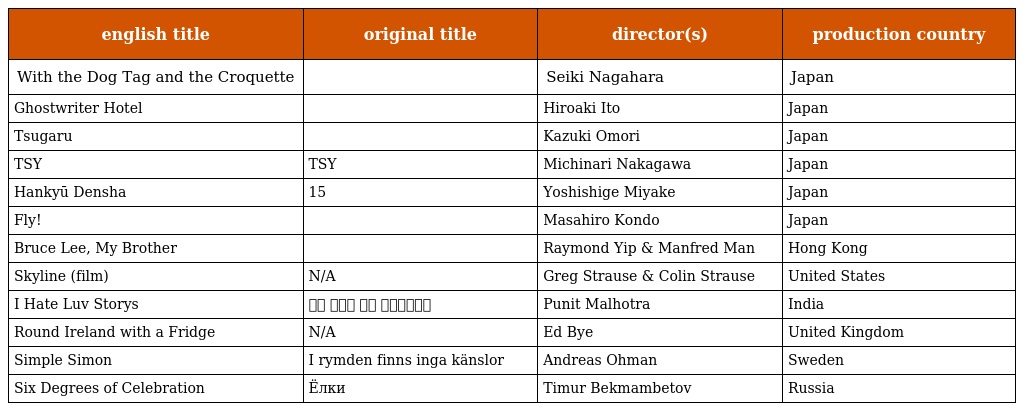
| english title | original title | director(s) | production country |
 | --- | --- | --- | --- |
 | With the Dog Tag and the Croquette | 犬の首輪とコロッケと | Seiki Nagahara | Japan |
 | Ghostwriter Hotel | ゴーストライターホテル | Hiroaki Ito | Japan |
 | Tsugaru | 津軽百年食堂 | Kazuki Omori | Japan |
 | TSY | TSY | Michinari Nakagawa | Japan |
 | Hankyū Densha | 阪急電車　片道15分の奇跡 | Yoshishige Miyake | Japan |
 | Fly! | ＦＬＹ！～平凡なキセキ～ | Masahiro Kondo | Japan |
 | Bruce Lee, My Brother | 李小龍 | Raymond Yip & Manfred Man | Hong Kong |
 | Skyline (film) | N/A | Greg Strause & Colin Strause | United States |
 | I Hate Luv Storys | आई हेट लव स्टोरी | Punit Malhotra | India |
 | Round Ireland with a Fridge | N/A | Ed Bye | United Kingdom |
 | Simple Simon | I rymden finns inga känslor | Andreas Ohman | Sweden |
 | Six Degrees of Celebration | Ёлки | Timur Bekmambetov | Russia |